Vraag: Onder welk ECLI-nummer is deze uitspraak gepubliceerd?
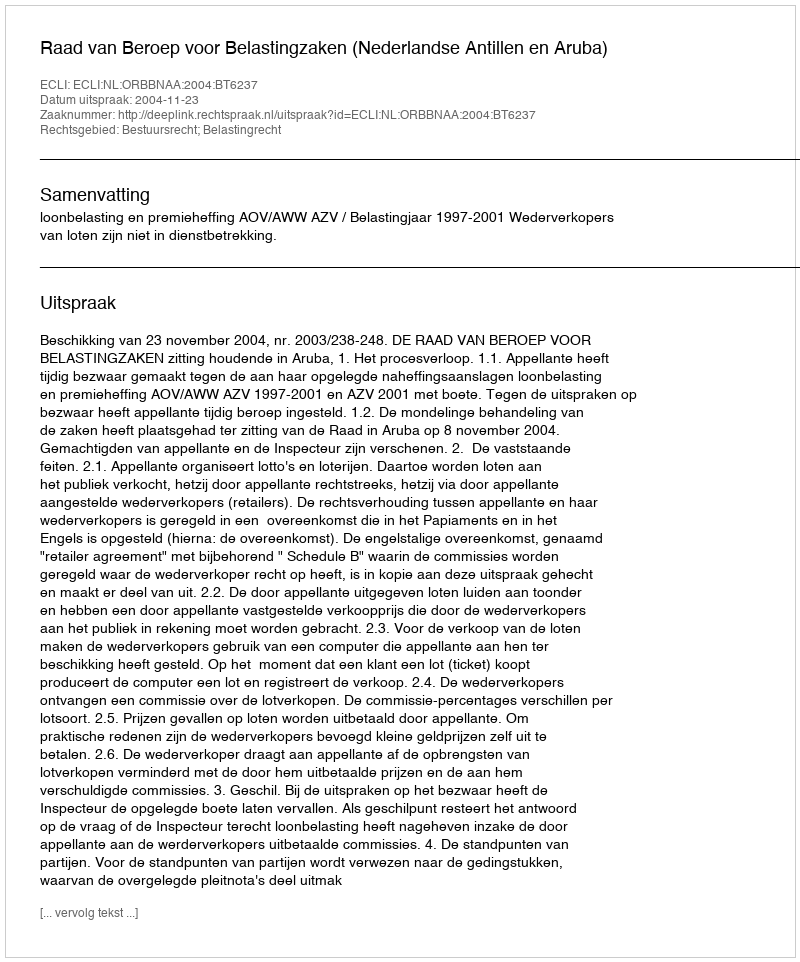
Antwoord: ECLI:NL:ORBBNAA:2004:BT6237